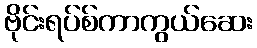
ဗိုင်းရပ်စ်ကာကွယ်ဆေး